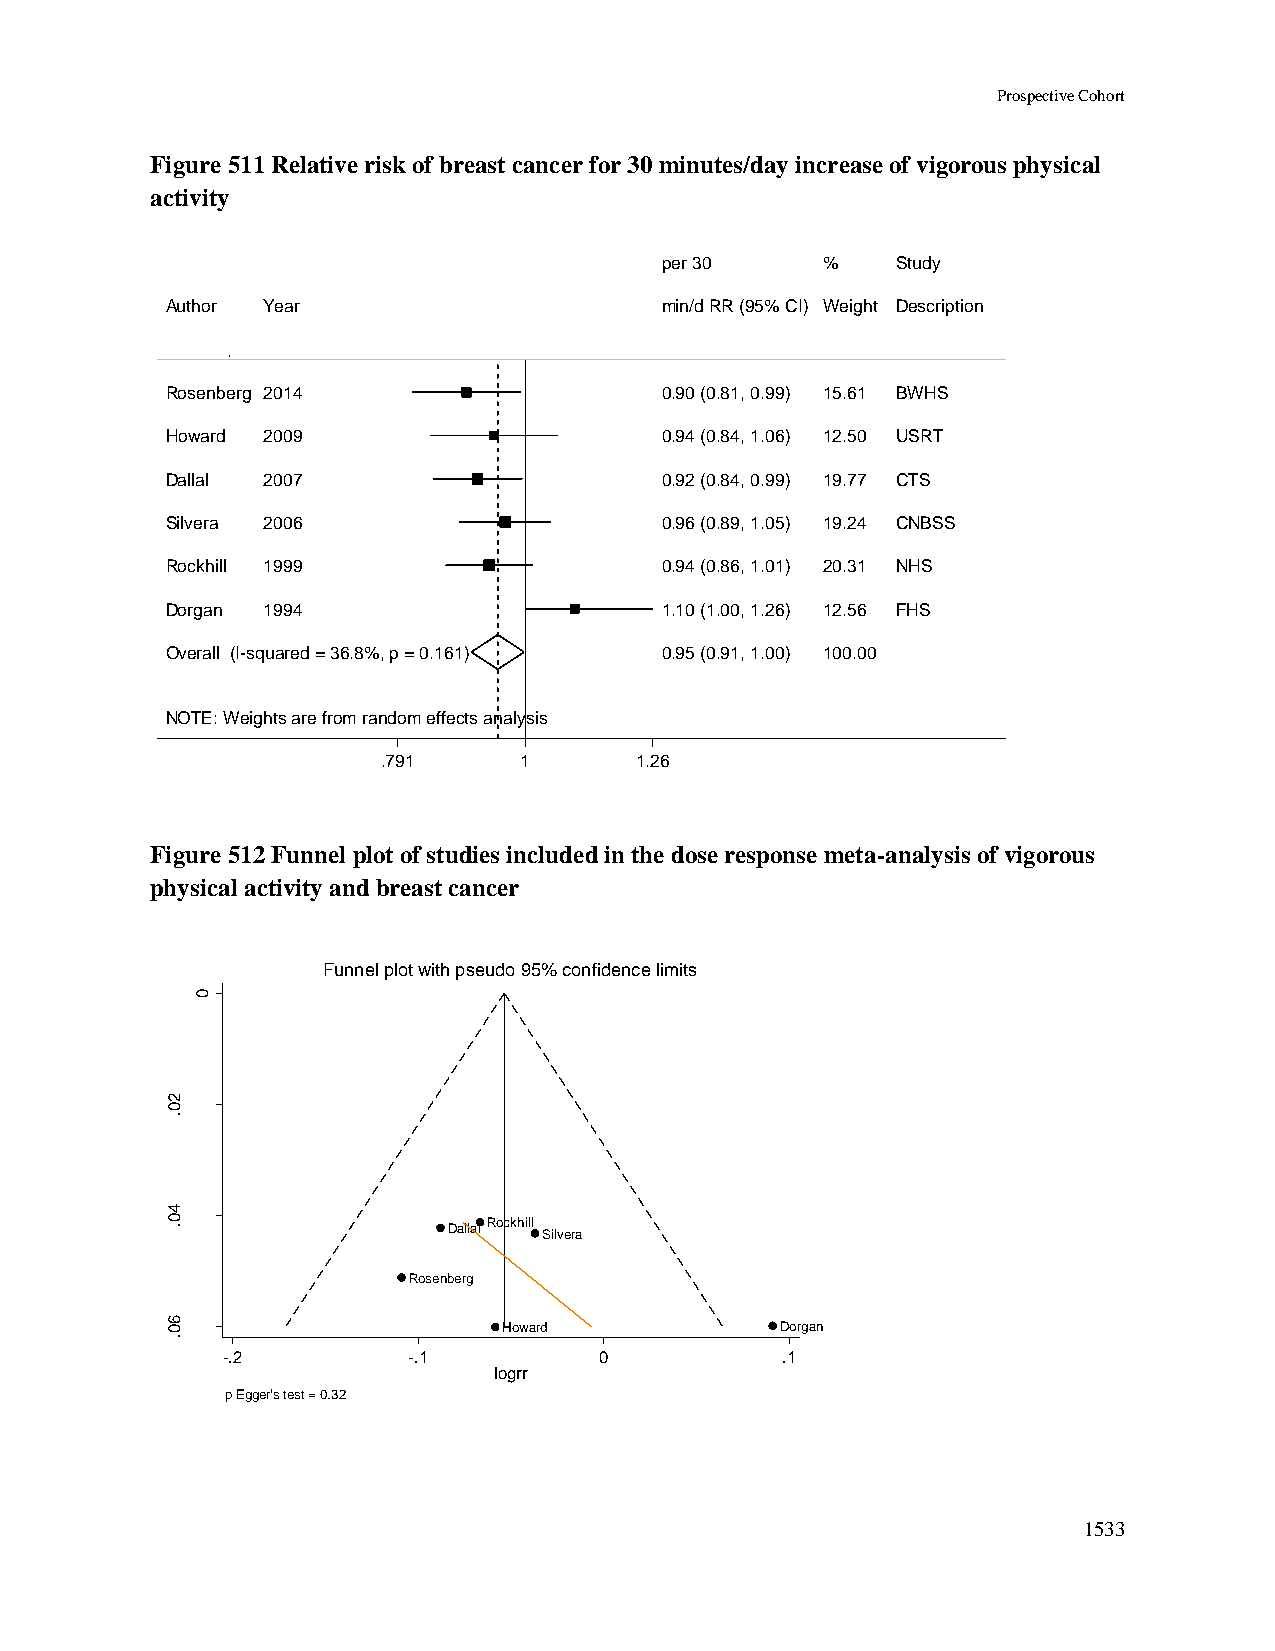
Prospective Cohort
 Figure 511 Relative risk of breast cancer for 30 minutes/day increase of vigorous physical
 activity
 ppeerr 3300 %% Study
 Author Year                      mmiinn//dd RRRR ((9955%% CCII)) WWeeiigghhtt Description
 Rosenberg 2014                   00..9900 ((00..8811,, 00..9999)) 1155..6611 BWHS
 Howard 2009                      00..9944 ((00..8844,, 11..0066)) 1122..5500 USRT
 Dallal 2007                      00..9922 ((00..8844,, 00..9999)) 1199..7777 CTS
 Silvera 2006                     00..9966 ((00..8899,, 11..0055)) 1199..2244 CNBSS
 Rockhill 1999                    00..9944 ((00..8866,, 11..0011)) 2200..3311 NHS
 Dorgan 1994                      11..1100 ((11..0000,, 11..2266)) 1122..5566 FHS
 Overall (I-squared = 36.8%, p = 0.161) 00..9955 ((00..9911,, 11..0000)) 110000..0000
 NOTE: Weights are from random effects analysis
 .791     11      1.26
 Figure 512 Funnel plot of studies included in the dose response meta-analysis of vigorous
 physical activity and breast cancer
 Funnel plot with pseudo 95% confidence limits
 0
 2
 0
 .
 rrg
 o
 l
 fo
 .e
 .s
 4
 0 .                Dallal Rockhill Silvera
 Rosenberg
 6 0                   Howard             Dorgan
 .
 -.2         -.1          0           .1
 logrr
 p Egger's test = 0.32
 1533